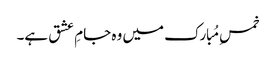
خمسِ مُبارک میں وہ جامِ عشق ہے۔